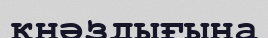
кнәздығына